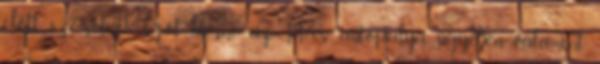
előtt szeretnék szót kérni, az M7-es autópálya ügyében, valamint